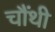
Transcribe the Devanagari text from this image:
चौंथी